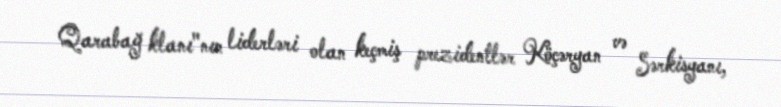
Qarabağ klanı"nın liderləri olan keçmiş prezidentlər Köçəryan və Sərkisyanı,